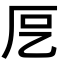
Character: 𭆁